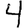
Digit: 4